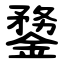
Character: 䥐